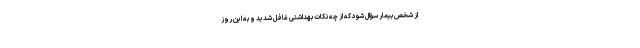
از شخص بیمار سؤال شود که از چه نکات بهداشتی غافل شدید و به این روز